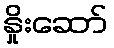
နှိုးဆော်